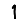
Digit: 1